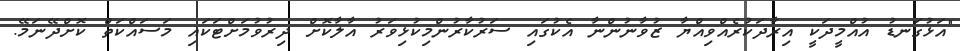
"އަޅުގަނޑު އުއްމީދަކީ އިރާދަކުރެއްވިއްޔާ ޒުވާނުންނާ އެކުގައި ސަރުކާރުންމިކުޅިވަރު އާލާކޮށް ދިރުވުމަށްޓަކައި މަސައްކަތް ކޮށްދޭނަމޭ.